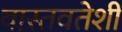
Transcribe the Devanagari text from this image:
वास्तवतेशी